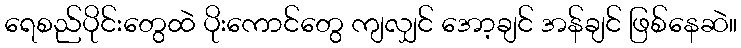
ရေစည်ပိုင်းတွေထဲ ပိုးကောင်တွေ ကျလျှင် အော့ချင် အန်ချင် ဖြစ်နေဆဲ။